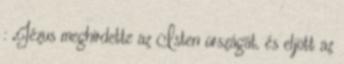
: „Jézus meghirdette az Isten országát, és eljött az